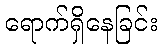
ရောက်ရှိနေခြင်း